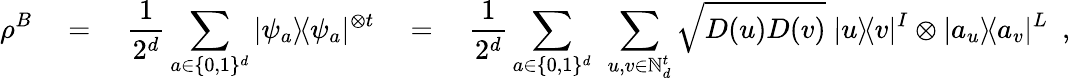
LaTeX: \rho^{B}\quad=\quad\frac{1}{2^{d}}\sum_{a\in\{ 0,1\} ^{d}}|\psi_{a}\rangle\! \langle\psi_{a}|^{\otimes t}\quad=\quad\frac{1}{2^{d}}\sum_{a\in\{ 0,1\} ^{d}}\ \sum_{u,v\in{\mathbb N}_{d}^{t}}\sqrt{D(u)D(v)}\; |u\rangle\! \langle v|^{I}\otimes|a_{u}\rangle\! \langle a_{v}|^{L}\enspace,